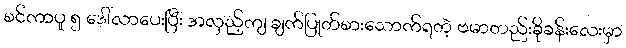
စင်ကာပူ ၅ ဒေါ်လာပေးပြီး အလှည့်ကျ ချက်ပြုတ်စားသောက်ရတဲ့ ဗမာတည်းခိုခန်းလေးမှာ